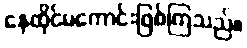
နေထိုင်မကောင်းဖြစ်ကြသည်။